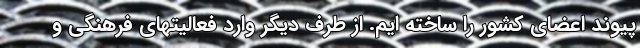
پیوند اعضای کشور را ساخته ایم. از طرف دیگر وارد فعالیتهای فرهنگی و